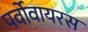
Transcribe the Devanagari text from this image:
पर्वोवायरस